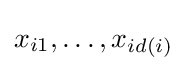
x_{i1},\dots ,x_{id(i)}